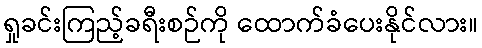
ရှုခင်းကြည့်ခရီးစဉ်ကို ထောက်ခံပေးနိုင်လား။